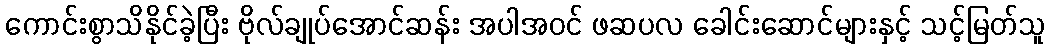
ကောင်းစွာသိနိုင်ခဲ့ပြီး ဗိုလ်ချုပ်အောင်ဆန်း အပါအဝင် ဖဆပလ ခေါင်းဆောင်များနှင့် သင့်မြတ်သူ